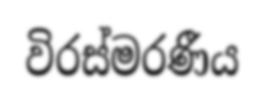
විරස්මරණීය